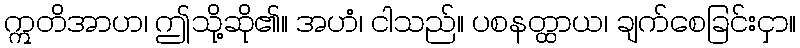
ဣတိအာဟ၊ ဤသို့ဆို၏။ အဟံ၊ ငါသည်။ ပစနတ္ထာယ၊ ချက်စေခြင်းငှာ။